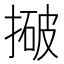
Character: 𰔓